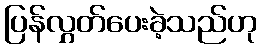
ပြန်လွှတ်ပေးခဲ့သည်ဟု